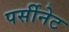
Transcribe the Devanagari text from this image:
पर्सीनेट